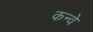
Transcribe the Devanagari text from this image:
कन्वे